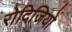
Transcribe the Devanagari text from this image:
रोदिजियो